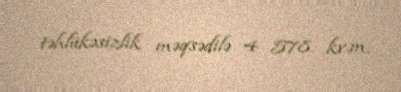
təhlükəsizlik məqsədilə 4 578 kv.m.